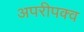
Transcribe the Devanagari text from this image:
अपरीपक्व